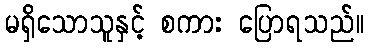
မရှိသောသူနှင့် စကား ပြောရသည်။